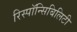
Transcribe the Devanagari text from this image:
रिस्पॉन्सिबिलिटी